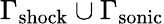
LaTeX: \Gamma_{\mathrm{shock}}\cup\Gamma_{\mathrm{sonic}}